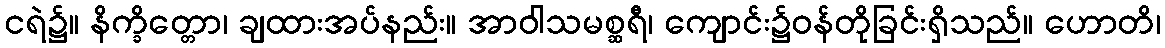
ငရဲ၌။ နိက္ခိတ္တော၊ ချထားအပ်နည်း။ အာဝါသမစ္ဆရီ၊ ကျောင်း၌ဝန်တိုခြင်းရှိသည်။ ဟောတိ၊